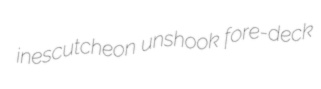
inescutcheon unshook fore-deck